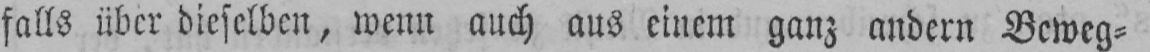
falls über dieselben, wenn auch aus einem ganz andern Beweg⸗